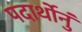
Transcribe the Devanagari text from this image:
पदार्थोनुं